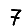
Digit: 7